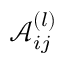
\mathcal { A } _ { i j } ^ { ( l ) }